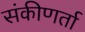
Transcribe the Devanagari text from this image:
संकीणर्ता